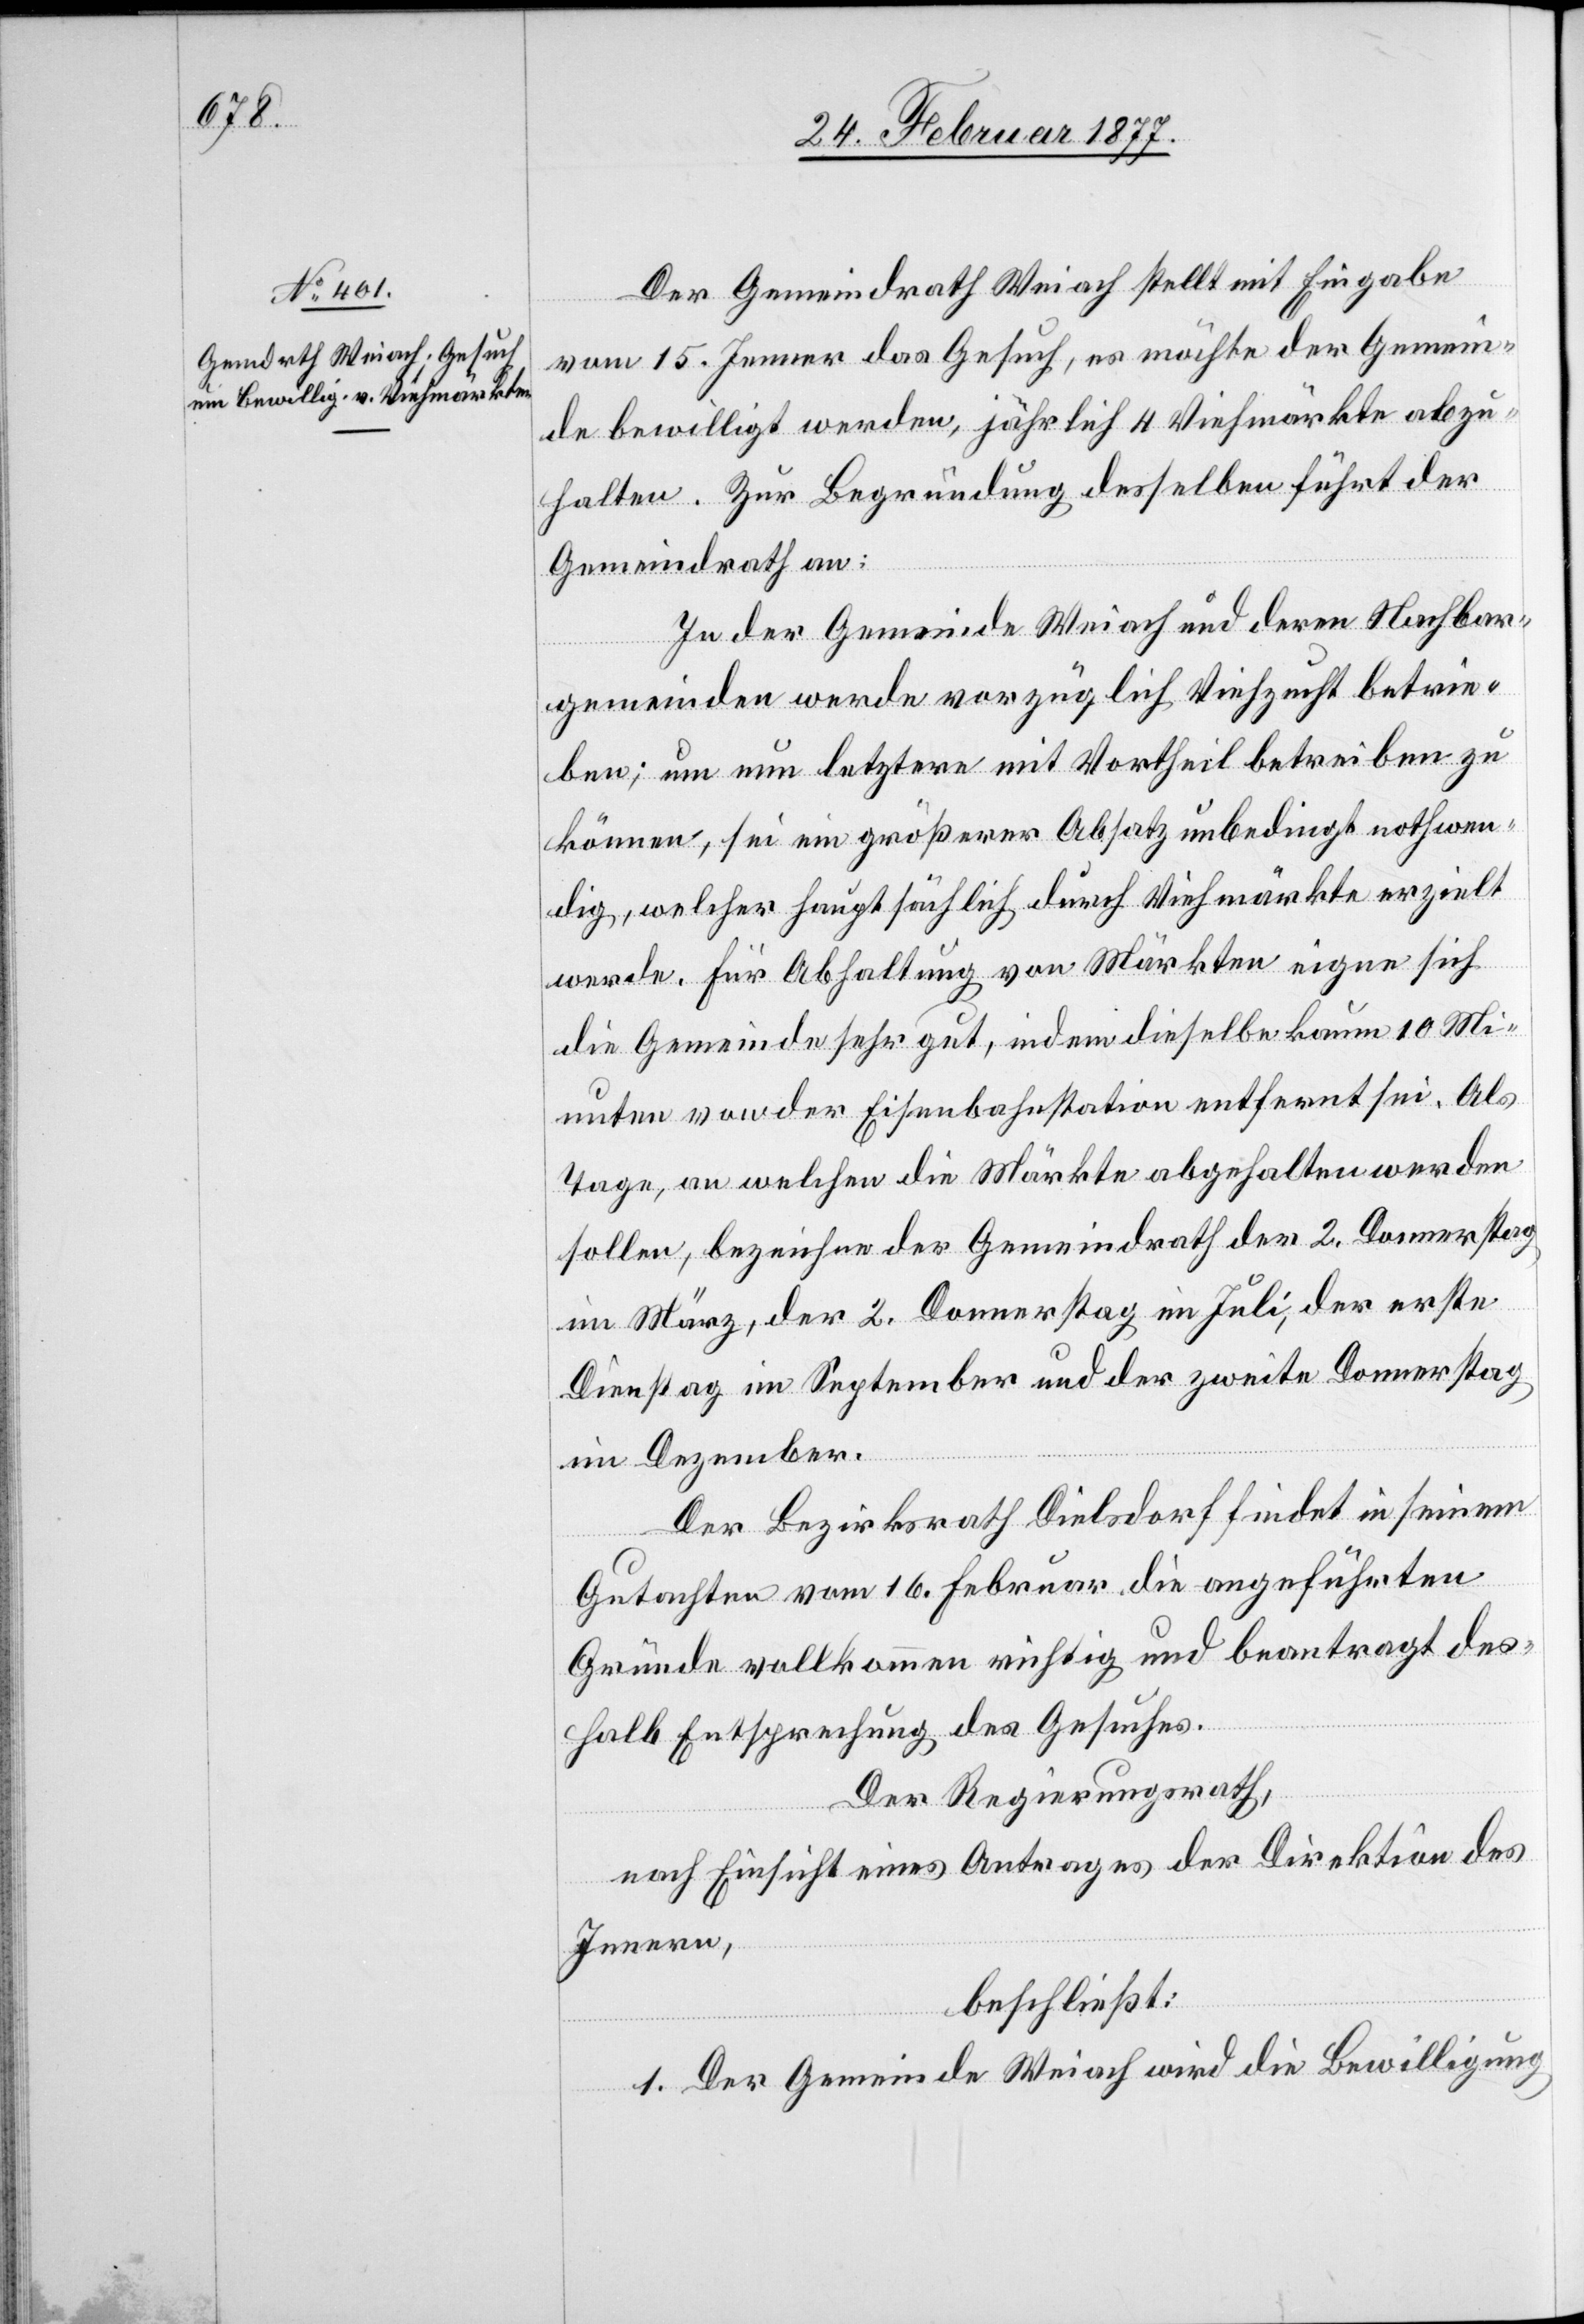
Der Gemeindrath Weiach stellt mit Eingabe
vom 15. Jenner das Gesuch, es möchte der Gemein¬
de bewilligt werden, jährlich 4 Viehmärkte abzu¬
halten. Zur Begründung desselben führt der
Gemeindrath an:
In der Gemeinde Weiach und deren Nachbar¬
gemeinden werde vorzüglich Viehzucht betrie¬
ben; um nun letztere mit Vortheil betreiben zu
können, sei ein größerer Absatz unbedingt nothwen¬
dig, welcher hauptsächlich durch Viehmärkte erzielt
werde. Für Abhaltung von Märkten eigne sich
die Gemeinde sehr gut, indem dieselbe kaum 10 Mi¬
nuten von der Eisenbahnstation entfernt sei. Als
Tage, an welchen die Märkte abgehalten werden
sollen, bezeichne der Gemeindrath der 2. Donnerstag
im März, der 2. Donnerstag im Juli, der erste
Dienstag im September und der zweite Donnerstag
im Dezember.
Der Bezirksrath Dielsdorf findet in seinem
Gutachten vom 16. Februar die angeführten
Gründe vollkommen richtig und beantragt des¬
halb Entsprechung des Gesuches.
Der Regierungsrath,
nach Einsicht eines Antrages der Direktion des
Innern,
beschließt:
1. Der Gemeinde Weiach wird die Bewilligung